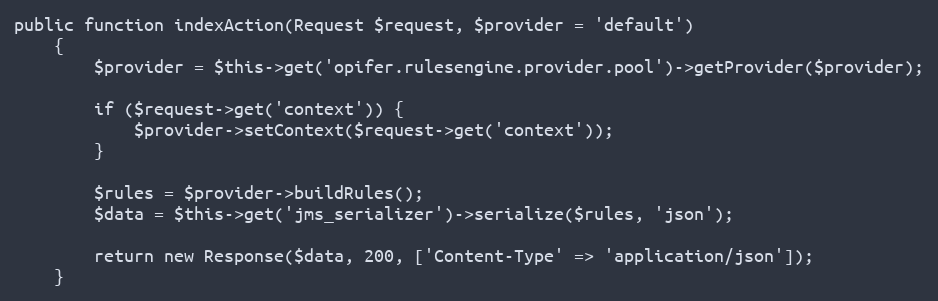
Language: PHP
public function indexAction(Request $request, $provider = 'default')
    {
        $provider = $this->get('opifer.rulesengine.provider.pool')->getProvider($provider);

        if ($request->get('context')) {
            $provider->setContext($request->get('context'));
        }

        $rules = $provider->buildRules();
        $data = $this->get('jms_serializer')->serialize($rules, 'json');

        return new Response($data, 200, ['Content-Type' => 'application/json']);
    }